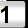
Digit: 1